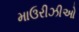
માઉરીઝીઓ